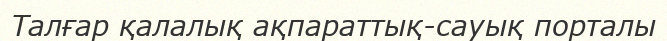
Талғар қалалық ақпараттық-сауық порталы